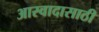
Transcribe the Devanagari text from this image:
आस्वादासाठी